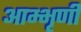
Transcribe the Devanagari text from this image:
आम्भृणी